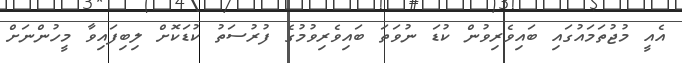
އެއީ މުޖުތަމައުގައި ބައިވެރިވުން ކުޑަ ނުވަތަ ބައިވެރިވުމުގެ ފުރުސަތު ކުޑަކޮށް ލިބިފައިވާ މީހުންނަށް